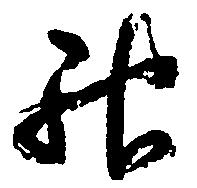
龍